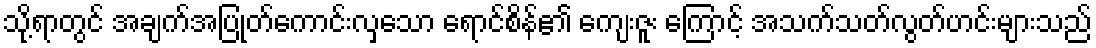
သို့ရာတွင် အချက်အပြုတ်ကောင်းလှသော ရောင်စိန်၏ ကျေးဇူး ကြောင့် အသက်သတ်လွတ်ဟင်းများသည်